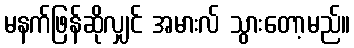
မနက်ဖြန်ဆိုလျှင် အမားလ် သွားတော့မည်။